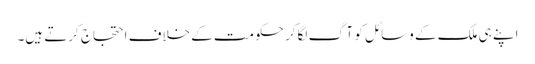
اپنے ہی ملک کے وسائل کو آگ لگاکر حکومت کے خلاف احتجاج کرتے ہیں۔